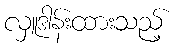
လှူဒါန်းထားသည့်